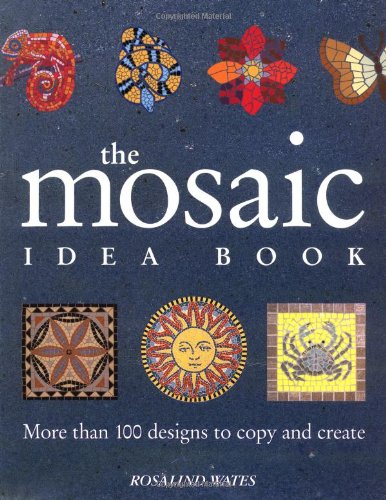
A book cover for The Mosaic Idea Book: More Than 100 Designs To Copy and Create; Rosalind Wates; Crafts, Hobbies & Home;